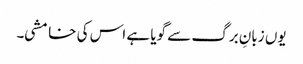
یوں زبانِ برگ سے گویا ہے اس کی خامشی۔